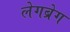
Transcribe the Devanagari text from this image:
लेगब्रेग